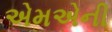
એમએની